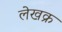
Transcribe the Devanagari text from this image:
लेखक्र